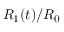
R _ { 1 } ( t ) / R _ { 0 }